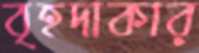
বৃহদাকার